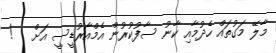
މާލޭ މަގުތައް ހެދުމާއި ކާނު ސާފުކުރުން އެމްއާރުޑީސީ އަށް   !